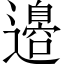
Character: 邉